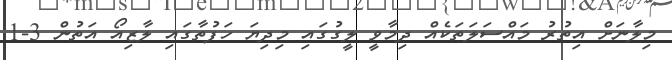
މިލާނަށް އިތުރު މައްސަލަތަކެއް ދިމާވީ ލީގުގައި މިދިޔަ ހަފުތާގައި ލާޒިއޯ އަތުން 3-1